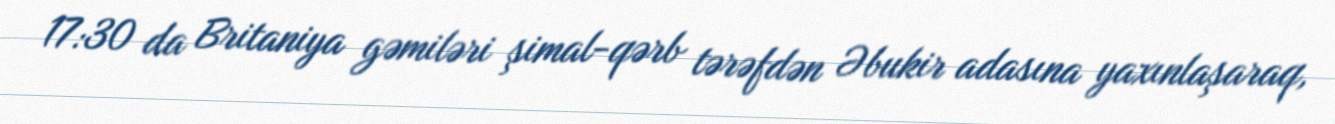
17:30 da Britaniya gəmiləri şimal-qərb tərəfdən Əbukir adasına yaxınlaşaraq,